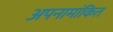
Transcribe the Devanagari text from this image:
अपनामांकित